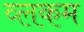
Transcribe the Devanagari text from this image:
व्लकम